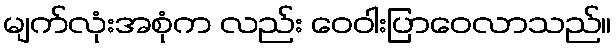
မျက်လုံးအစုံက လည်း ဝေဝါးပြာဝေလာသည်။